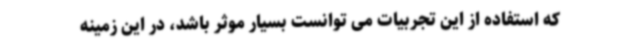
که استفاده از این تجربیات می توانست بسیار موثر باشد، در این زمینه